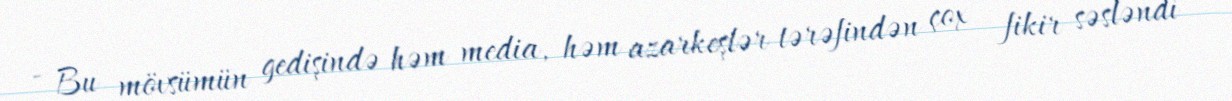
- Bu mövsümün gedişində həm media, həm azarkeşlər tərəfindən çox fikir səsləndi